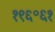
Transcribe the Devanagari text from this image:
१९६॰६१